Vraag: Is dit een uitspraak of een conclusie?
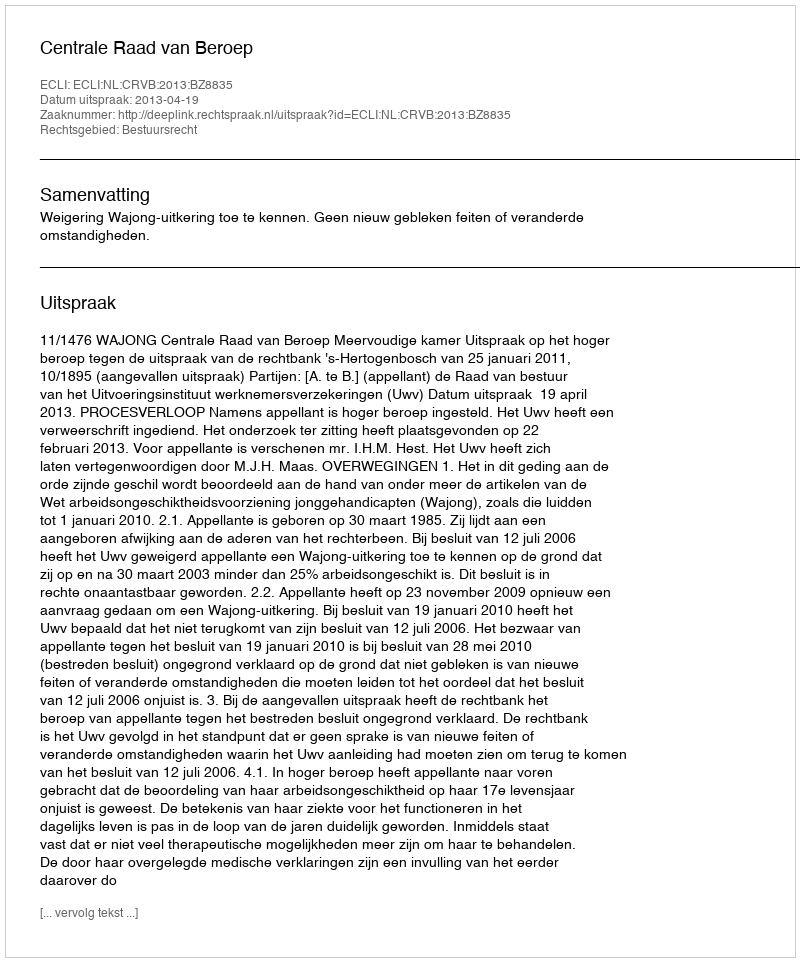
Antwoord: Uitspraak